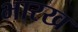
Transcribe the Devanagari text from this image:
भारख